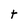
Character: t